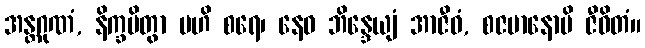
အန္တဂုဏံ, နိက္ခမိတွာ ဗဟိ စရေ၊ နေဝ ဘိန္ဒေယျံ အာဇီဝံ, စဇမာနောပိ ဇီဝိတံ။